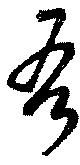
吾